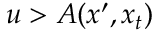
u > A ( x ^ { \prime } , x _ { t } )